Lunatic asylums in Bengal annual reports 1899-1911 - 1899-1911
Year: 1899
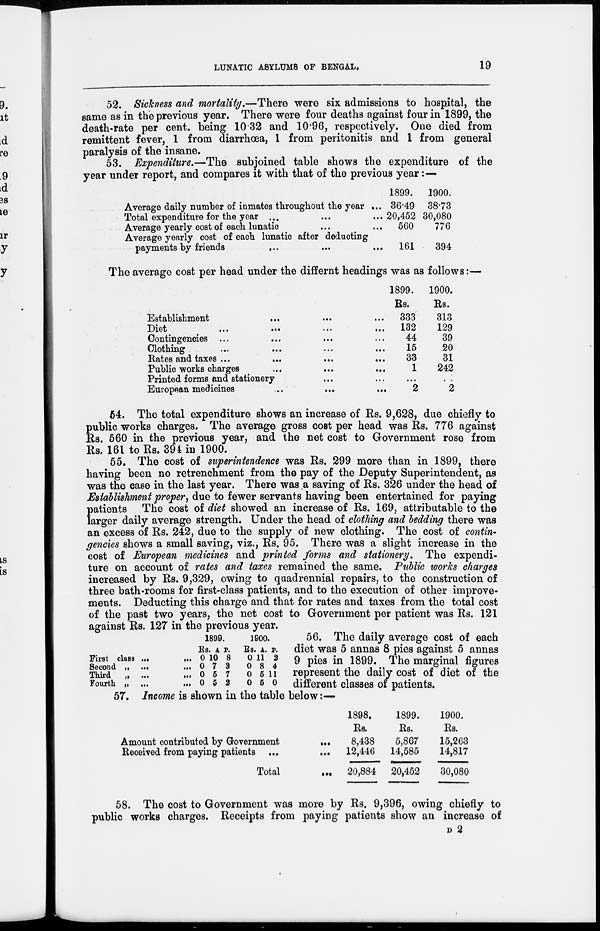
LUNATIC ASYLUMS OF BENGAL.
19
52. Sickness and mortality.—There were six admissions to hospital, the
same as in the previous year. There were four deaths against four in 1899, the
death-rate per cent. being 10.32 and 10.96, respectively. One died from
remittent fever, 1 from diarrhoea, 1 from peritonitis and 1 from general
paralysis of the insane.
53. Expenditure.—The subjoined table shows the expenditure of the
year under report, and compares it with that of the previous year:—
Average daily number of inmates throughout the year ...
Total expenditure for the year ... ... ...
Average yearly cost of each lunatic ... ...
Average yearly cost of each lunatic after deducting
payments by friends
... ... ...
1899.
36.49
20,452
560
161
1900.
38.73
30,080
776
394
The average cost per head under the differnt headings was as follows:—
Establishment
... ... ...
Diet
...
...
...
...
Contingencies ... ... ... ...
Clothing
...
...
...
...
Bates and taxes ...
...
...
...
Public works charges ... ... ...
Printed forms and stationery ... ...
European medicines
...
...
...
1899.
Rs.
333
132
44
15
33
1
...
2
1900.
Rs.
313
129
39
20
31
242
...
2
64. The total expenditure shows an increase of Rs. 9,628, due chiefly to
public works charges. The average gross cost per head was Rs. 776 against
Rs. 560 in the previous year, and the net cost to Government rose from
Rs. 161 to Rs. 394 in 1900.
55. The cost of superintendence was Rs. 299 more than in 1899, there
having been no retrenchment from the pay of the Deputy Superintendent, as
was the case in the last year. There was a saving of Rs. 326 under the head of
Establishment proper, due to fewer servants having been entertained for paying
p atients The cost of diet showed an increase of Rs. 169, attributable to the
larger daily average strength. Under the head of clothing and bedding there was
an excess of Rs. 242, due to the supply of new clothing. The cost of contin-
gencies shows a small saving, viz., Rs. 95. There was a slight increase in the
cost of European medicines and printed forms and stationery. The expendi-
ture on account of rates and taxes remained the same. Public works charges
increased by Rs. 9,329, owing to quadrennial repairs, to the construction of
three bath-rooms for first-class patients, and to the execution of other improve-
ments. Deducting this charge and that for rates and taxes from the total cost
of the past two years, the net cost to Government per patient was Rs. 121
against Rs. 127 in the previous year.
First class ...
...
Second „ ...
...
Third
„ ...
...
Pourth „ ...
...
1899.
Rs.
0
0
0
0
A
10
7
5
5
P.
8
3
7
2
1900.
Rs.
0
0
0
0
A.
11
8
5
5
p.
2
4
11
0
56. The daily average cost of each
diet was 5 annas 8 pies against 5 annas
9 pies in 1899. The marginal figures
represent the daily cost of diet of the
different classes of patients.
57. Income is shown in the table below:—
Amount contributed by Government
...
Received from paying patients ...
...
Total ...
1898.
Rs.
8,438
12,446
20,884
1899.
Rs.
5,867
14,585
20,452
1900.
Rs.
15,263
14,817
30,080
58. The cost to Government was more by Rs. 9,396, owing chiefly to
public works charges. Receipts from paying patients show an increase of
D 2